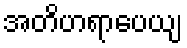
အတိဟရာပေယျ